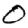
Digit: 0